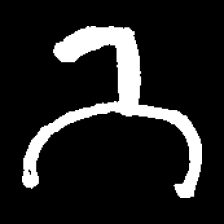
Pyu character \u2014 Myanmar letter: ဘ (romanized: bha)